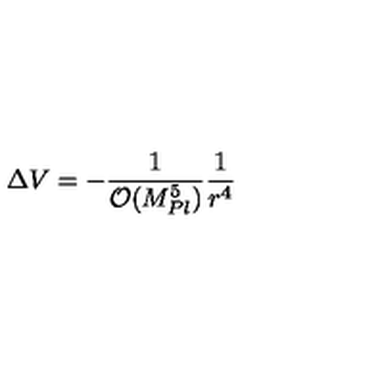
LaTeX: \Delta V = - { \frac { 1 } { { \mathcal { O } } ( M _ { P l } ^ { 5 } ) } } { \frac { 1 } { r ^ { 4 } } }